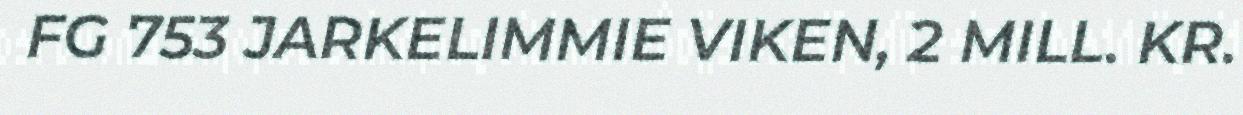
FG 753 JARKELIMMIE VIKEN, 2 MILL. KR.